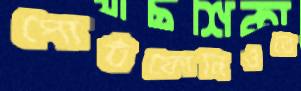
পোর্টফোলিওতে